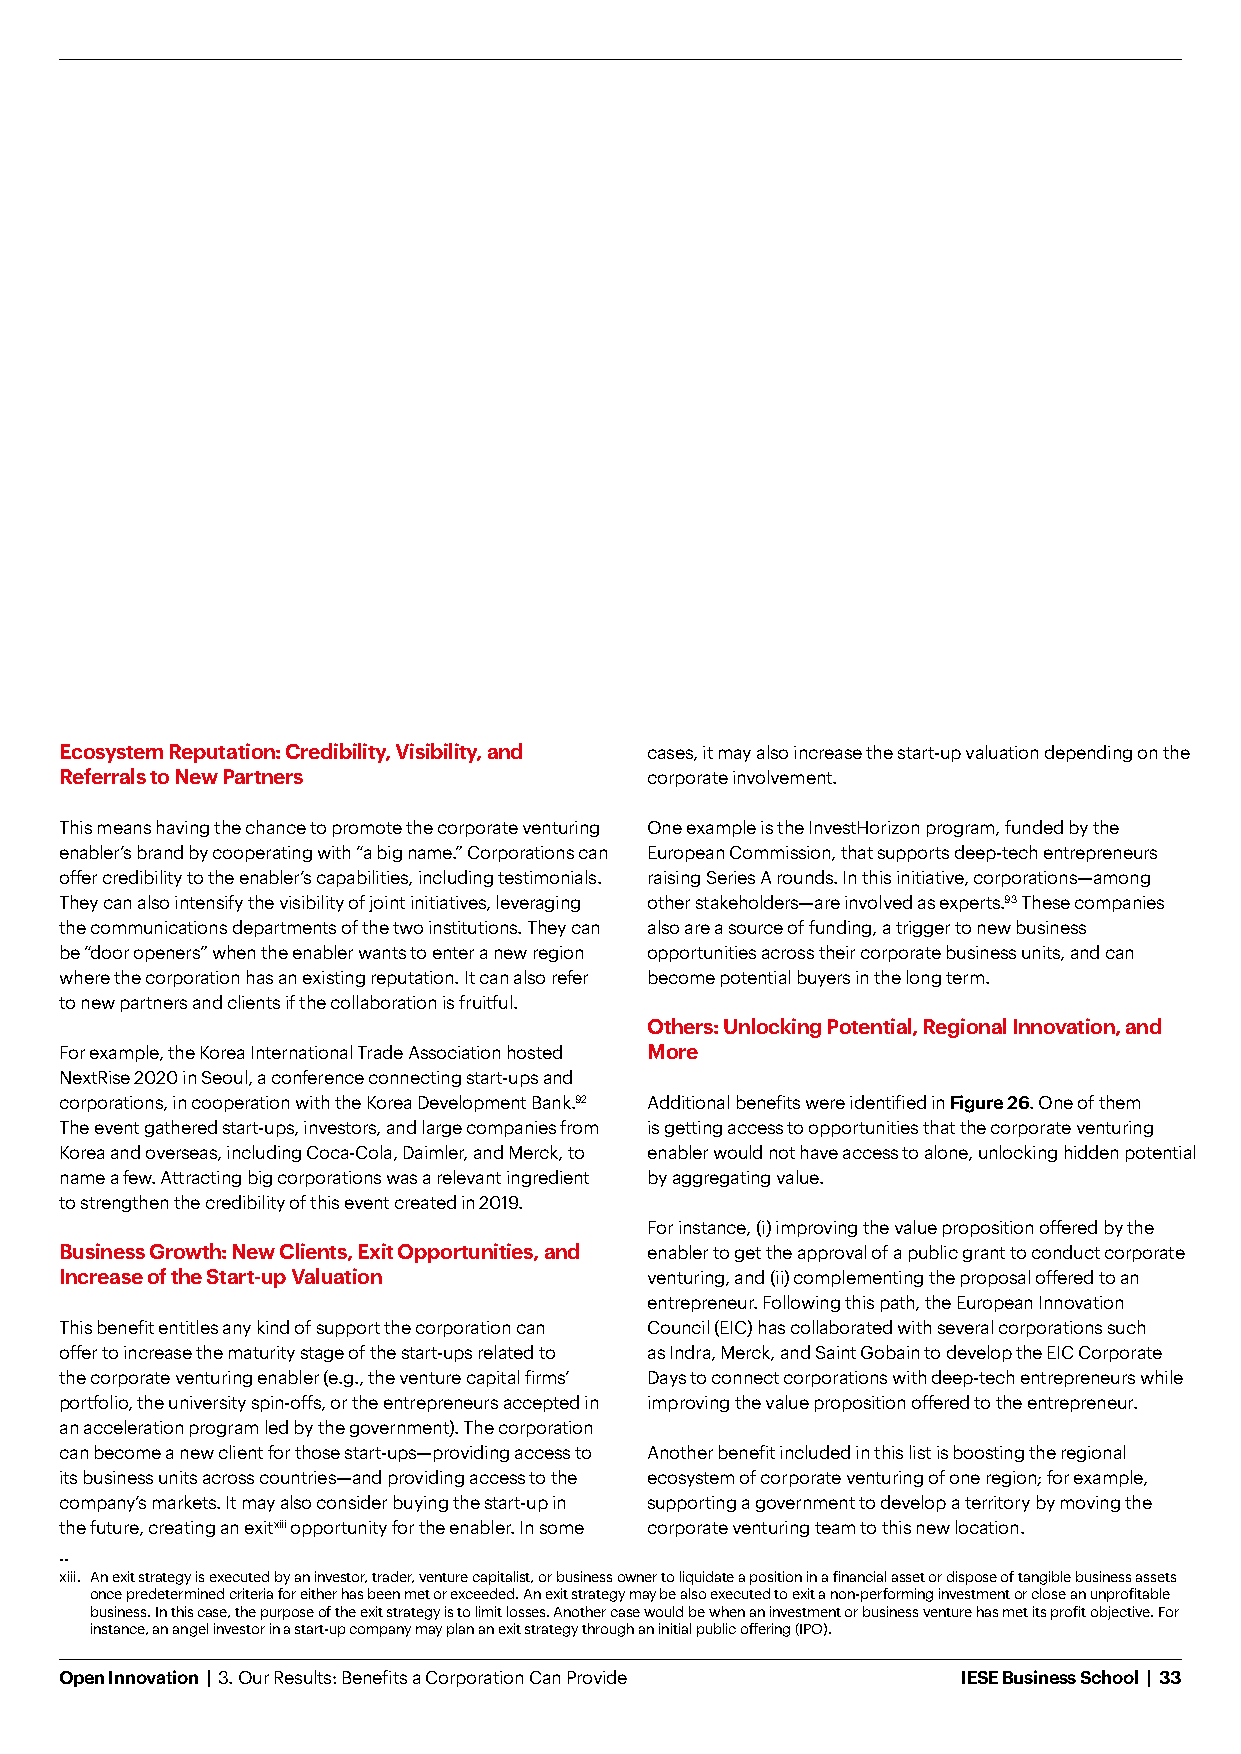
Ecosystem Reputation: Credibility, Visibility, and cases, it may also increase the start-up valuation depending on the
 Referrals to New Partners              corporate involvement.
 This means having the chance to promote the corporate venturing One example is the InvestHorizon program, funded by the
 enabler’s brand by cooperating with “a big name.” Corporations can European Commission, that supports deep-tech entrepreneurs
 offer credibility to the enabler’s capabilities, including testimonials. raising Series A rounds. In this initiative, corporations—among
 They can also intensify the visibility of joint initiatives, leveraging other stakeholders—are involved as experts.93 These companies
 the communications departments of the two institutions. They can also are a source of funding, a trigger to new business
 be “door openers” when the enabler wants to enter a new region opportunities across their corporate business units, and can
 where the corporation has an existing reputation. It can also refer become potential buyers in the long term.
 to new partners and clients if the collaboration is fruitful.
 Others: Unlocking Potential, Regional Innovation, and
 For example, the Korea International Trade Association hosted More
 NextRise 2020 in Seoul, a conference connecting start-ups and
 corporations, in cooperation with the Korea Development Bank.92 Additional benefits were identified in Figure 26. One of them
 The event gathered start-ups, investors, and large companies from is getting access to opportunities that the corporate venturing
 Korea and overseas, including Coca-Cola, Daimler, and Merck, to enabler would not have access to alone, unlocking hidden potential
 name a few. Attracting big corporations was a relevant ingredient by aggregating value.
 to strengthen the credibility of this event created in 2019.
 For instance, (i) improving the value proposition offered by the
 Business Growth: New Clients, Exit Opportunities, and enabler to get the approval of a public grant to conduct corporate
 Increase of the Start-up Valuation     venturing, and (ii) complementing the proposal offered to an
 entrepreneur. Following this path, the European Innovation
 This benefit entitles any kind of support the corporation can Council (EIC) has collaborated with several corporations such
 offer to increase the maturity stage of the start-ups related to as Indra, Merck, and Saint Gobain to develop the EIC Corporate
 the corporate venturing enabler (e.g., the venture capital firms’ Days to connect corporations with deep-tech entrepreneurs while
 portfolio, the university spin-offs, or the entrepreneurs accepted in improving the value proposition offered to the entrepreneur.
 an acceleration program led by the government). The corporation
 can become a new client for those start-ups—providing access to Another benefit included in this list is boosting the regional
 its business units across countries—and providing access to the ecosystem of corporate venturing of one region; for example,
 company’s markets. It may also consider buying the start-up in supporting a government to develop a territory by moving the
 the future, creating an exitxiii opportunity for the enabler. In some corporate venturing team to this new location.
 --
 xiii. An exit strategy is executed by an investor, trader, venture capitalist, or business owner to liquidate a position in a financial asset or dispose of tangible business assets
 once predetermined criteria for either has been met or exceeded. An exit strategy may be also executed to exit a non-performing investment or close an unprofitable
 business. In this case, the purpose of the exit strategy is to limit losses. Another case would be when an investment or business venture has met its profit objective. For
 instance, an angel investor in a start-up company may plan an exit strategy through an initial public offering (IPO).
 Open Innovation | 3. Our Results: Benefits a Corporation Can Provide IESE Business School | 33